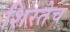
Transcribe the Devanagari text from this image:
शिरतेच